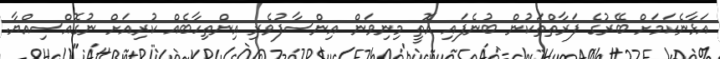
އަޅާނެކަމަށް ބޭރުގެ ފަރާތްތަކުން ބުނެފައި އޮތީ މިނިވަން އިންސާފުވެރި އިންތިހާބެއް ކުރިއަށް ނުގޮއްސިއްޔާ.